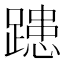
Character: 𨄲